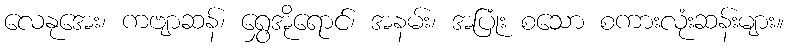
လေနုအေး၊ ကဗျာဆန်၊ ရွှေအိုရောင်၊ အနမ်း၊ အပြုံး စသော စကားလုံးဆန်းများ။